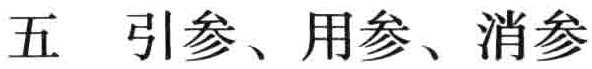
五 引参、用参、消参